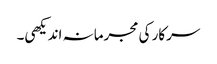
سرکار کی مجرمانہ اندیکھی۔